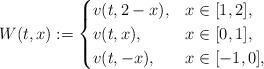
LaTeX: \begin{align*}W(t,x):= \begin{cases}v(t, 2-x), &x \in [1,2],\\v(t,x), & x \in [0,1],\\v(t,-x), & x \in [-1,0],\end{cases}\end{align*}